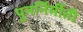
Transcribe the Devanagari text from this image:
पुनर्निर्मीती